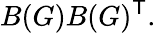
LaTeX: B(G)B(G)^{\textsf{T}}.